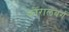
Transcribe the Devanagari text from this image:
फोरालबर्ग